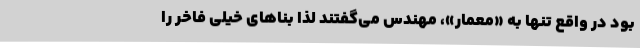
بود در واقع تنها به «معمار»، مهندس می‌گفتند لذا بناهای خیلی فاخر را